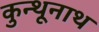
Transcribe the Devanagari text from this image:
कुन्थूनाथ